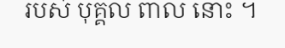
របស់ បុគ្គល ពាល នោះ ។